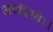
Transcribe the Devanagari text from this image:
अवडेरिये।।